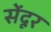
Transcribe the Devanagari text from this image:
सेंदूर